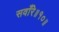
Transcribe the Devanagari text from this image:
सवाँरे॥१०॥